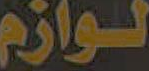
لوازم